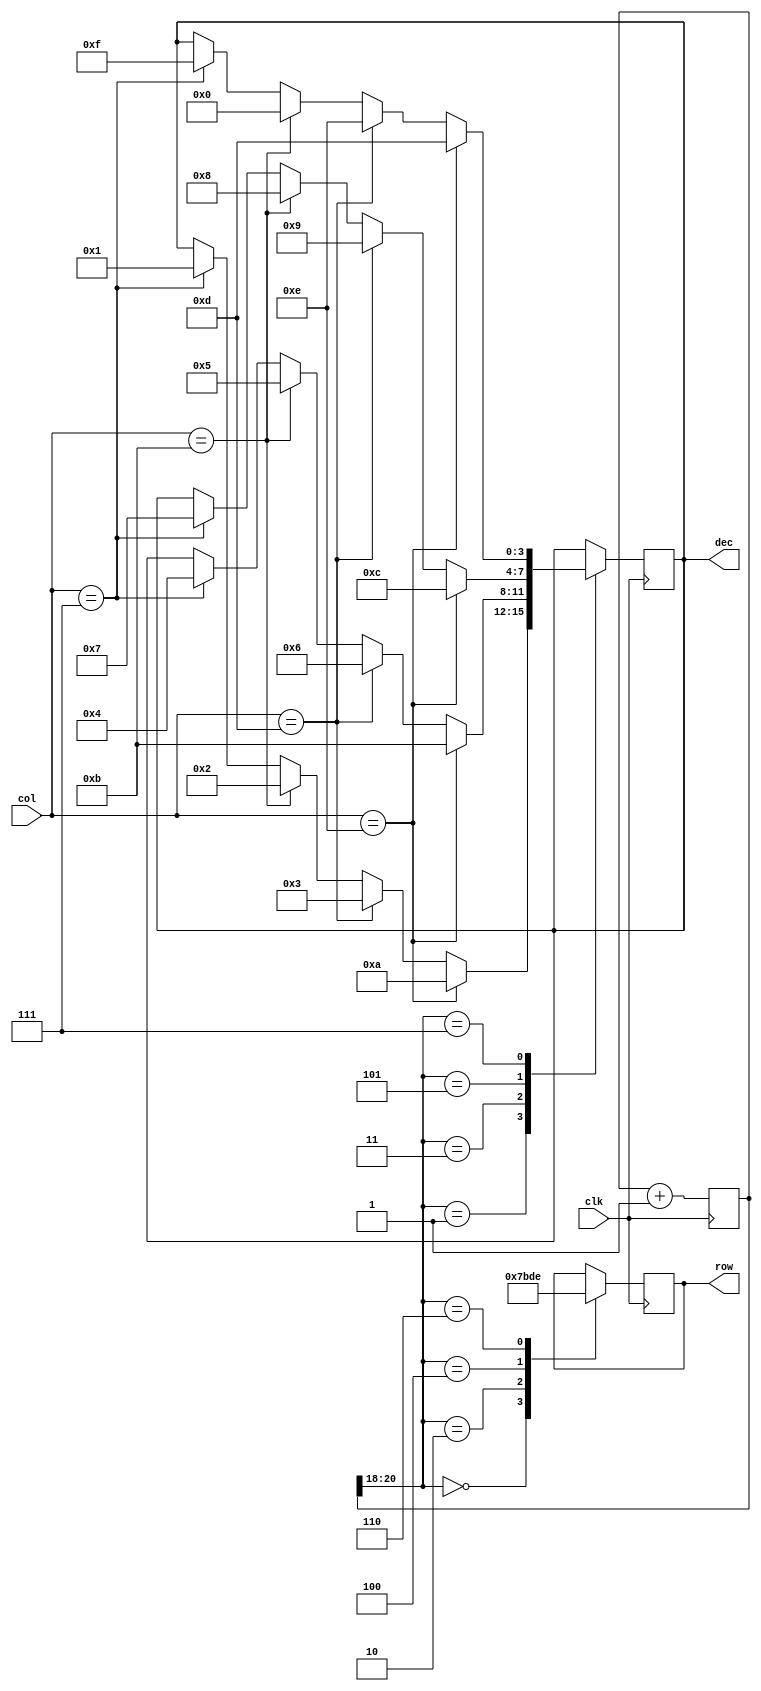
module seg7 (clk, row , col, dec);

	input clk;
	input [3:0] col;
	output [3:0] row;
	output [3:0] dec;
	reg [3:0] row;
	reg [3:0] dec;
	
	reg [29:0] delay;
	
	always @ (posedge clk)
		begin
			delay <= delay + 1'b1;
			case(delay[20:18])
			3'b000 : row <= 4'b0111;
			3'b001 :
				begin
					if (col == 4'b0111)
						dec <= 4'h1; // 1 
					if (col == 4'b1011)
						dec <= 4'h2; // 2
					if (col == 4'b1101)
						dec <= 4'h3; // 3
					if(col == 4'b1110)
						dec <= 4'hA; //A
				end
			3'b010 : row <= 4'b1011;
			3'b011 : 
				begin
					if (col == 4'b0111)
						dec <= 4'h4; // 4 
					if (col == 4'b1011)
						dec <= 4'h5; // 5
					if (col == 4'b1101)
						dec <= 4'h6; // 6
					if (col == 4'b1110)
						dec <= 4'hB; // B
				end
			3'b100 : row <= 4'b1101;
			3'b101 :
				begin
					if (col == 4'b0111)
						dec <= 4'h7; // 7 
					if (col == 4'b1011)
						dec <= 4'h8; // 8
					if (col == 4'b1101)
						dec <= 4'h9; // 9
					if (col == 4'b1110)
						dec <= 4'hC; // C
				end
			3'b110 : row <= 4'b1110;
			3'b111 : 
				begin
					if (col == 4'b0111)
						dec <= 4'hF; // F
					if (col == 4'b1011)
						dec <= 4'h0; // 0
					if (col == 4'b1101)
						dec <= 4'hE; // E
					if (col == 4'b1110)
						dec <= 4'hD; // D
				end
			endcase
	end	
endmodule